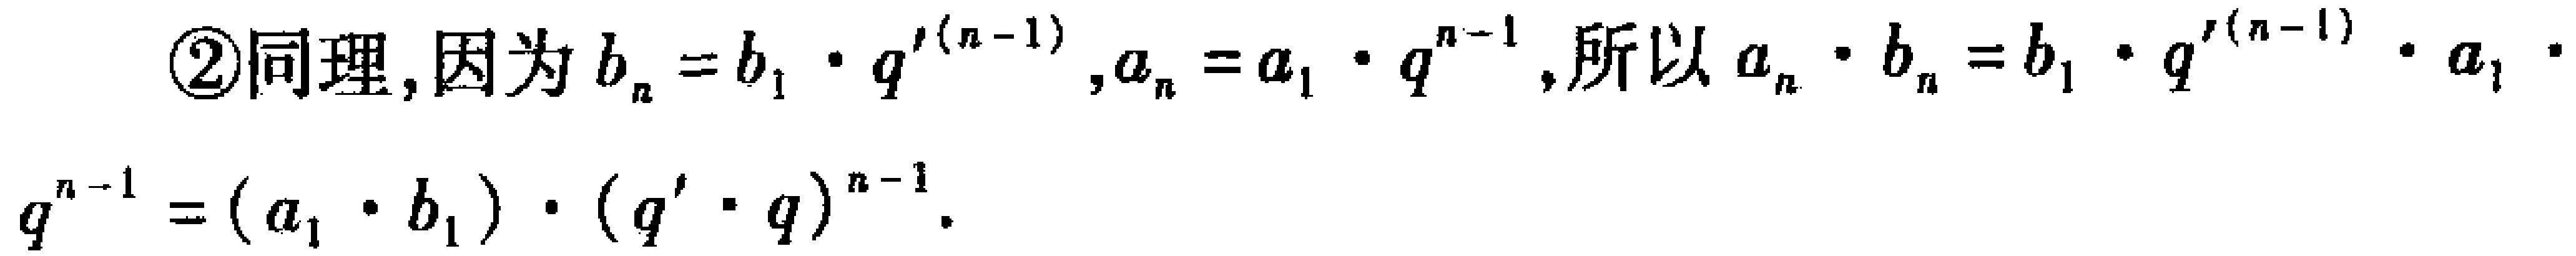
\textcircled{2}同理,因为\(b_{n}=b_{1}\cdot q^{\prime(n - 1)},a_{n}=a_{1}\cdot q^{n - 1}\),所以\(a_{n}\cdot b_{n}=b_{1}\cdot q^{\prime(n - 1)}\cdot a_{1}\cdot q^{n - 1}=(a_{1}\cdot b_{1})\cdot (q^{\prime}\cdot q)^{n - 1}\).